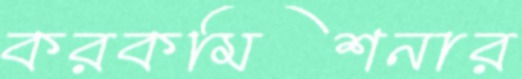
করকমিশনার